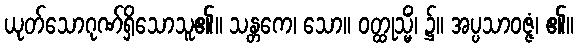
ယုတ်သောဂုဏ်ရှိသောသူ၏။ သန္တကေ၊ သော။ ဝတ္ထုသ္မိံ၊ ၌။ အပ္ပသာဝဇ္ဇံ၊ ၏။